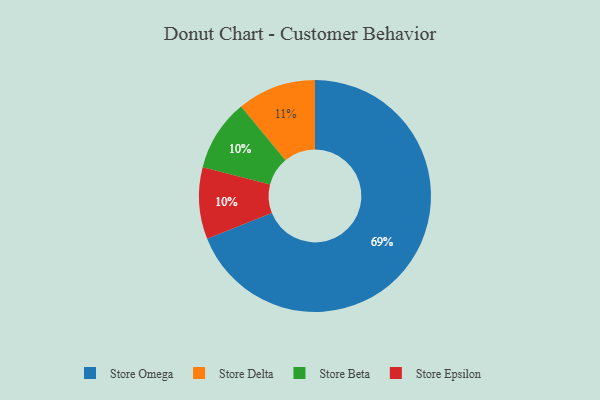
{"axis": {"x": "Category", "y": "Percentage"}, "legend": ["Store Beta", "Store Delta", "Store Epsilon", "Store Omega"], "data": [{"x": "Store Omega", "y": 69, "type": "Store Omega"}, {"x": "Store Beta", "y": 10, "type": "Store Beta"}, {"x": "Store Delta", "y": 11, "type": "Store Delta"}, {"x": "Store Epsilon", "y": 10, "type": "Store Epsilon"}]}